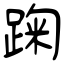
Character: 踘